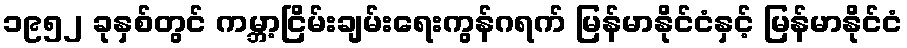
၁၉၅၂ ခုနှစ်တွင် ကမ္ဘာ့ငြိမ်းချမ်းရေးကွန်ဂရက် မြန်မာနိုင်ငံနှင့် မြန်မာနိုင်ငံ